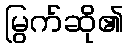
မြွက်ဆို၏